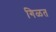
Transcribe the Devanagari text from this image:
गिळत